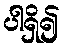
ပါရှိ၍